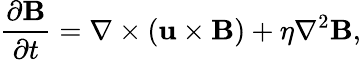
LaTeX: \frac{\partial\mathbf{B}}{\partial t}=\nabla\times\left(\mathbf{u}\times\mathbf{B}\right)+\eta\nabla^{2}\mathbf{B},